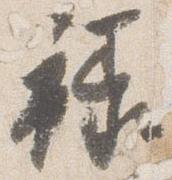
禄